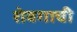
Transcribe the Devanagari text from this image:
शेवगाची